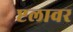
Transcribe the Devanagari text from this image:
प्टलावर